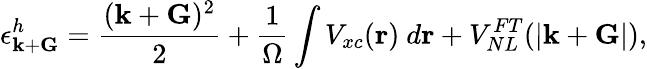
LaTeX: \epsilon_{{\mathbf k}+{\mathbf G}}^{h}=\frac{({\mathbf k}+{\mathbf G})^{2}}{2}+\frac{1}{\Omega}\int V_{xc}({\mathbf r})~d{\mathbf r}+V_{NL}^{FT}(|{\mathbf k}+{\mathbf G}|),